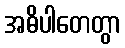
အဓိပါတေတွာ